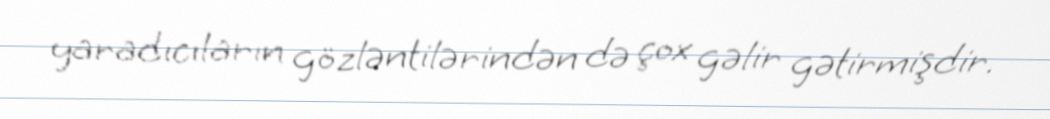
yaradıcıların gözləntilərindən də çox gəlir gətirmişdir.